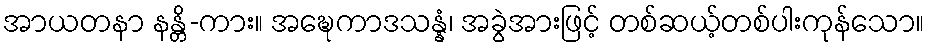
အာယတနာ နန္တိ-ကား။ အဍ္ဎေကာဒသန္နံ၊ အခွဲအားဖြင့် တစ်ဆယ့်တစ်ပါးကုန်သော။